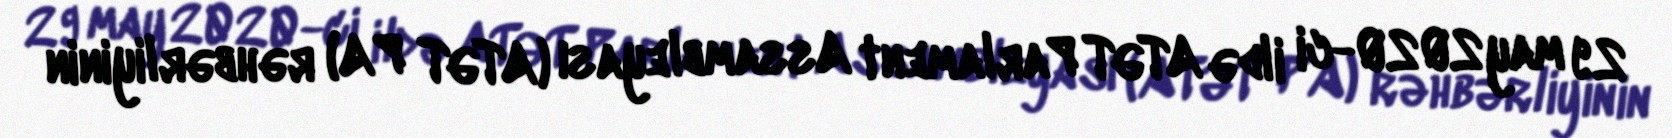
29 may 2020-ci ildə ATƏT Parlament Assambleyası (ATƏT PA) rəhbərliyinin